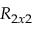
R _ { 2 x 2 }